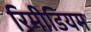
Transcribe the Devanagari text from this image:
रिमीडियम